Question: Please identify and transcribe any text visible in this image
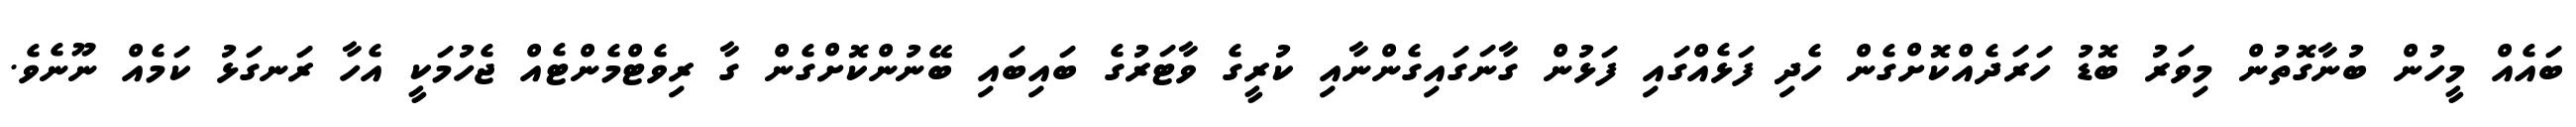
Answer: ބައެއް މީހުން ބުނާގޮތުން މިވަރު ބޮޑު ހަރަދެއްކޮށްގެން ހެދި ފަޅެއްގައި ފަޅުން ގާނަގައިގެންނާއި ކުރީގެ ވާޓަރުގެ ބައިބައި ބޭނުންކޮށްގެން ގާ ރިވެޓްމެންޓެއް ޖެހުމަކީ އެހާ ރަނގަޅު ކަމެއް ނޫނެވެ.